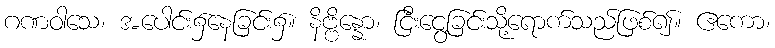
ဂဏဝါသေ၊ အပေါင်း၌နေခြင်း၌။ နိဗ္ဗိန္နော၊ ငြီးငွေ့ခြင်းသို့ရောက်သည်ဖြစ်၍။ ဧကော၊